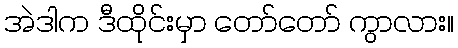
အဲဒါက ဒီထိုင်းမှာ တော်တော် ကွာလား။